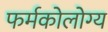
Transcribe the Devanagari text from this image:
फर्मकोलोग्य